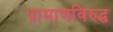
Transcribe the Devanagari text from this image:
प्रामाणविरुद्ध